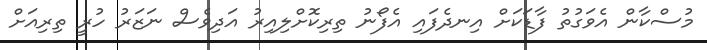
މުސްކާން އެވަގުތު ފާޑަކަށް އިނދެފައި އެފޯނު ތިރިކޮށްލިއިރު އަދިވެސް ނަޒަރު ހުރީ ތިރިއަށް